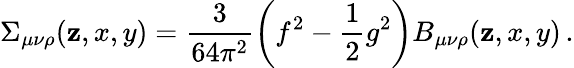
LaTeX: \Sigma_{\mu\nu\rho}(\mathbf{z},x,y)=\frac{{3}}{{64\pi^{2}}}\left(f^{2}-\frac{{1}}{{2}}g^{2}\right)B_{\mu\nu\rho}(\mathbf{z},x,y)\, .